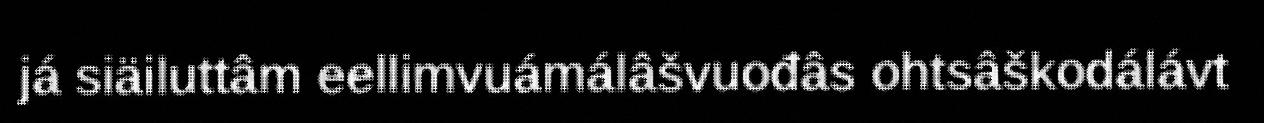
já siäiluttâm eellimvuámálâšvuođâs ohtsâškodálávt